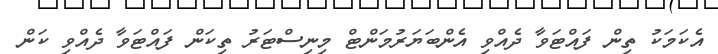
އެކަމަކު ތިން ފައްޓަވާ ދެއްވި އެންބަޔަރުމަންޓް މިނިސްޓަރު ތިކަން ފައްޓަވާ ދެއްވި ކަން